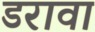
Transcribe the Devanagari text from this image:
डरावा